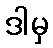
ဒါမှ